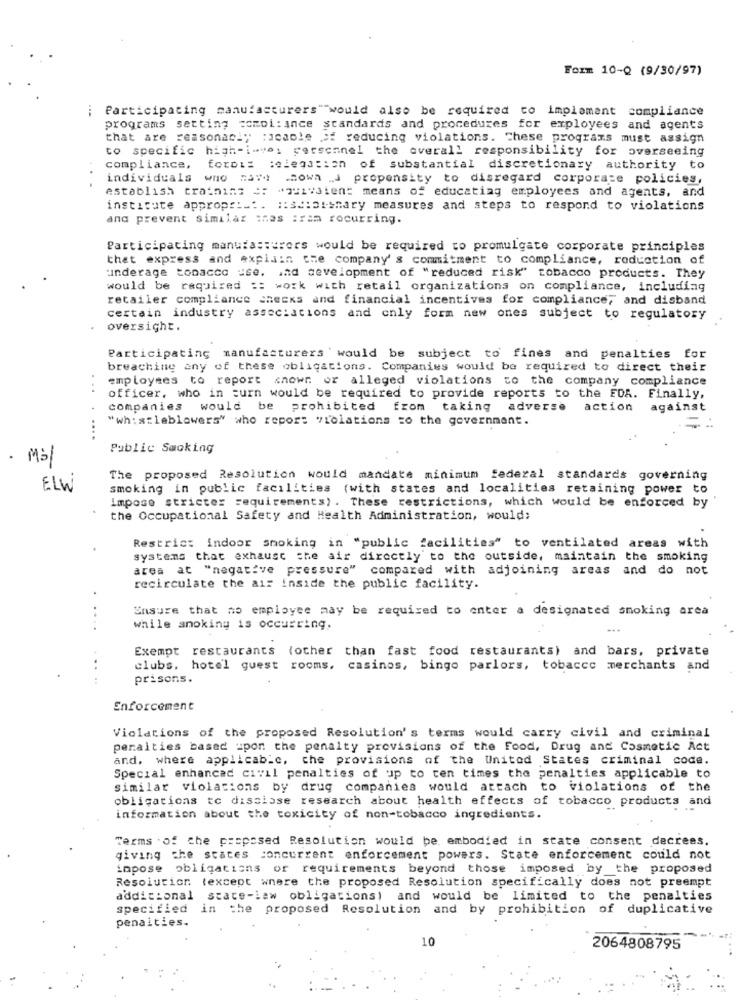
FOIm 10-Q (9/30/97)
Participating manufacturers"would also be required to implement compliance
programs setting comoi: ance standards and procedures for employees and agents
that are reasonably :jcable of reducing violations. These programs must assign
to specific high-i-vei personnel the overall responsibility for overseeing
compliance,
fordis :elegation of substantial discretionary authority to
individuals who Have shown _J propensity to disregard corporate policies,
.
establish training #: "quivient means of educating employees and agents, and
institute appropri .:. :: sd:at-shary measures and steps to respond to violations
and prevent similar snes :ram recurring.
Participating manufacturers would be required to promulgate corporate principles
that express and explain the company' s commitment to compliance, reduction of
underage tobacco ise. ad development of "reduced risk" tobacco products. They
would be required :: work with retail organizations on compliance, including
retailer compliance checks and financial incentives for compliance, and disband
certain industry associations and only form new ones subject to regulatory
oversight.
Participating manufacturers ' would be subject to fines and penalties for
breaching any of these obligations. Companies would be required to direct their
employees to report shown or alleged violations to the company compliance
officer, who in turn would be required to provide reports to the FDA. Finally,
companies would be prohibited from taking adverse action against
"whistleblowers" who report violations to the government.
....
Public Smoking
. Mi
The proposed Resolution would mandate minimum federal standards governing
ELW
smoking in public facilities (with states and localities retaining power to
Impose stricter requirements) . These restrictions, which would be enforced by
the Occupational Safety and Health Administration, would;
Restric: indoor smoking in "public facilities" to ventilated areas with
systems that exhaust the air directly to the outside, maintain the smoking
area at "negative pressure" compared with adjoining areas and do not
recirculate the air inside the public facility.
..
Ensure that no employee may be required to enter a designated smoking area
while anoking is occurring.
Exempt restaurants (other than fast food restaurants) and bars, private
. .
clubs, hotel guest rooms, casinos, bingo parlors, tobacco merchants and
prisons.
Enforcement
Violations of the proposed Resolution's terms would carry civil and criminal
penalties based upon the penalty provisions of the Food, Drug and Cosmetic Act
and. where applicable, che provisions of the United States criminal code.
Special enhanced civil penalties of up to ten times the penalties applicable to
similar violations by drug companies would attach to violations of the
obligations te disaisse research about health effects of tobacco products and
information about the toxicity of non-tobacco ingredients.
Terms . of the proposed Resolution would be embodied in state consent decrees.
giving the states concurrent enforcement powers. State enforcement could not
impose obligations or requirements beyond those imposed by _the proposed
Resolution (except where the proposed Resolution specifically does not preempt
addicional state-law obligations) and would be limited to the penalties
specified in the proposed Resolution and by prohibition of duplicative
penalties.
10
2064808795